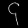
Digit: ၄